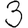
Digit: 3